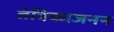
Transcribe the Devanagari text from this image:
तंत्रिकाजनन